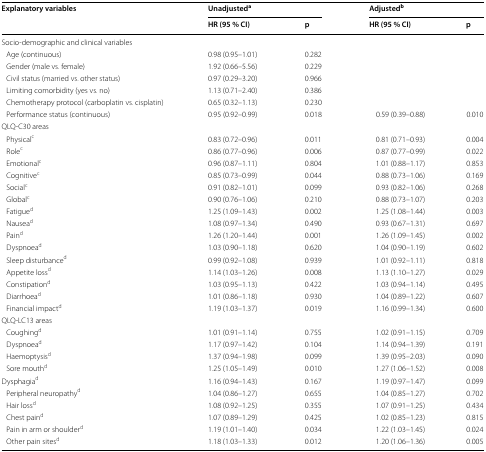
<table><thead><tr><td rowspan="2"><b>Explanatory variables</b></td><td colspan="2"><b>Unadjusted<sup>a</sup></b></td><td colspan="2"><b>Adjusted<sup>b</sup></b></td></tr><tr><td><b>HR (95 % CI)</b></td><td><b>p</b></td><td><b>HR (95 % CI)</b></td><td><b>p</b></td></tr></thead><tbody><tr><td colspan="5">Socio-demographic and clinical variables</td></tr><tr><td> Age (continuous)</td><td>0.98 (0.95–1.01)</td><td>0.282</td><td></td><td></td></tr><tr><td> Gender (male vs. female)</td><td>1.92 (0.66–5.56)</td><td>0.229</td><td></td><td></td></tr><tr><td> Civil status (married vs. other status)</td><td>0.97 (0.29–3.20)</td><td>0.966</td><td></td><td></td></tr><tr><td> Limiting comorbidity (yes vs. no)</td><td>1.13 (0.71–2.40)</td><td>0.386</td><td></td><td></td></tr><tr><td> Chemotherapy protocol (carboplatin vs. cisplatin)</td><td>0.65 (0.32–1.13)</td><td>0.230</td><td></td><td></td></tr><tr><td> Performance status (continuous)</td><td>0.95 (0.92–0.99)</td><td>0.018</td><td>0.59 (0.39–0.88)</td><td>0.010</td></tr><tr><td colspan="5">QLQ-C30 areas</td></tr><tr><td> Physical<sup>c</sup></td><td>0.83 (0.72–0.96)</td><td>0.011</td><td>0.81 (0.71–0.93)</td><td>0.004</td></tr><tr><td> Role<sup>c</sup></td><td>0.86 (0.77–0.96)</td><td>0.006</td><td>0.87 (0.77–0.99)</td><td>0.022</td></tr><tr><td> Emotional<sup>c</sup></td><td>0.96 (0.87–1.11)</td><td>0.804</td><td>1.01 (0.88–1.17)</td><td>0.853</td></tr><tr><td> Cognitive<sup>c</sup></td><td>0.85 (0.73–0.99)</td><td>0.044</td><td>0.88 (0.73–1.06)</td><td>0.169</td></tr><tr><td> Social<sup>c</sup></td><td>0.91 (0.82–1.01)</td><td>0.099</td><td>0.93 (0.82–1.06)</td><td>0.268</td></tr><tr><td> Global<sup>c</sup></td><td>0.90 (0.76–1.06)</td><td>0.210</td><td>0.88 (0.73–1.07)</td><td>0.203</td></tr><tr><td> Fatigue<sup>d</sup></td><td>1.25 (1.09–1.43)</td><td>0.002</td><td>1.25 (1.08–1.44)</td><td>0.003</td></tr><tr><td> Nausea<sup>d</sup></td><td>1.08 (0.97–1.34)</td><td>0.490</td><td>0.93 (0.67–1.31)</td><td>0.697</td></tr><tr><td> Pain<sup>d</sup></td><td>1.26 (1.20–1.44)</td><td>0.001</td><td>1.26 (1.09–1.45)</td><td>0.002</td></tr><tr><td> Dyspnoea<sup>d</sup></td><td>1.03 (0.90–1.18)</td><td>0.620</td><td>1.04 (0.90–1.19)</td><td>0.602</td></tr><tr><td> Sleep disturbance<sup>d</sup></td><td>0.99 (0.92–1.08)</td><td>0.939</td><td>1.01 (0.92–1.11)</td><td>0.818</td></tr><tr><td> Appetite loss<sup>d</sup></td><td>1.14 (1.03–1.26)</td><td>0.008</td><td>1.13 (1.10–1.27)</td><td>0.029</td></tr><tr><td> Constipation<sup>d</sup></td><td>1.03 (0.95–1.13)</td><td>0.422</td><td>1.03 (0.94–1.14)</td><td>0.495</td></tr><tr><td> Diarrhoea<sup>d</sup></td><td>1.01 (0.86–1.18)</td><td>0.930</td><td>1.04 (0.89–1.22)</td><td>0.607</td></tr><tr><td> Financial impact<sup>d</sup></td><td>1.19 (1.03–1.37)</td><td>0.019</td><td>1.16 (0.99–1.34)</td><td>0.600</td></tr><tr><td colspan="5">QLQ-LC13 areas</td></tr><tr><td> Coughing<sup>d</sup></td><td>1.01 (0.91–1.14)</td><td>0.755</td><td>1.02 (0.91–1.15)</td><td>0.709</td></tr><tr><td> Dyspnoea<sup>d</sup></td><td>1.17 (0.97–1.42)</td><td>0.104</td><td>1.14 (0.94–1.39)</td><td>0.191</td></tr><tr><td> Haemoptysis<sup>d</sup></td><td>1.37 (0.94–1.98)</td><td>0.099</td><td>1.39 (0.95–2.03)</td><td>0.090</td></tr><tr><td> Sore mouth<sup>d</sup></td><td>1.25 (1.05–1.49)</td><td>0.010</td><td>1.27 (1.06–1.52)</td><td>0.008</td></tr><tr><td>Dysphagia<sup>d</sup></td><td>1.16 (0.94–1.43)</td><td>0.167</td><td>1.19 (0.97–1.47)</td><td>0.099</td></tr><tr><td> Peripheral neuropathy<sup>d</sup></td><td>1.04 (0.86–1.27)</td><td>0.655</td><td>1.04 (0.85–1.27)</td><td>0.702</td></tr><tr><td> Hair loss<sup>d</sup></td><td>1.08 (0.92–1.25)</td><td>0.355</td><td>1.07 (0.91–1.25)</td><td>0.434</td></tr><tr><td> Chest pain<sup>d</sup></td><td>1.07 (0.89–1.29)</td><td>0.425</td><td>1.02 (0.85–1.23)</td><td>0.815</td></tr><tr><td> Pain in arm or shoulder<sup>d</sup></td><td>1.19 (1.01–1.40)</td><td>0.034</td><td>1.22 (1.03–1.45)</td><td>0.024</td></tr><tr><td> Other pain sites<sup>d</sup></td><td>1.18 (1.03–1.33)</td><td>0.012</td><td>1.20 (1.06–1.36)</td><td>0.005</td></tr></tbody></table>